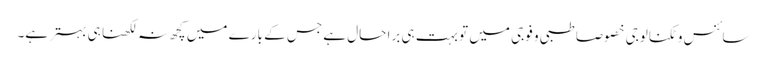
سائنس و ٹکنالوجی خصوصا طبی و فوجی میں تو بہت ہی برا حال ہے جس کے بارے میں کچھ نہ لکھنا ہی بہتر ہے۔